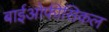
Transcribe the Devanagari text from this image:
बाईओफीसिकल